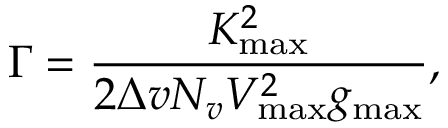
\Gamma = \frac { K _ { \operatorname* { m a x } } ^ { 2 } } { 2 \Delta v N _ { v } V _ { \operatorname* { m a x } } ^ { 2 } g _ { \operatorname* { m a x } } } ,